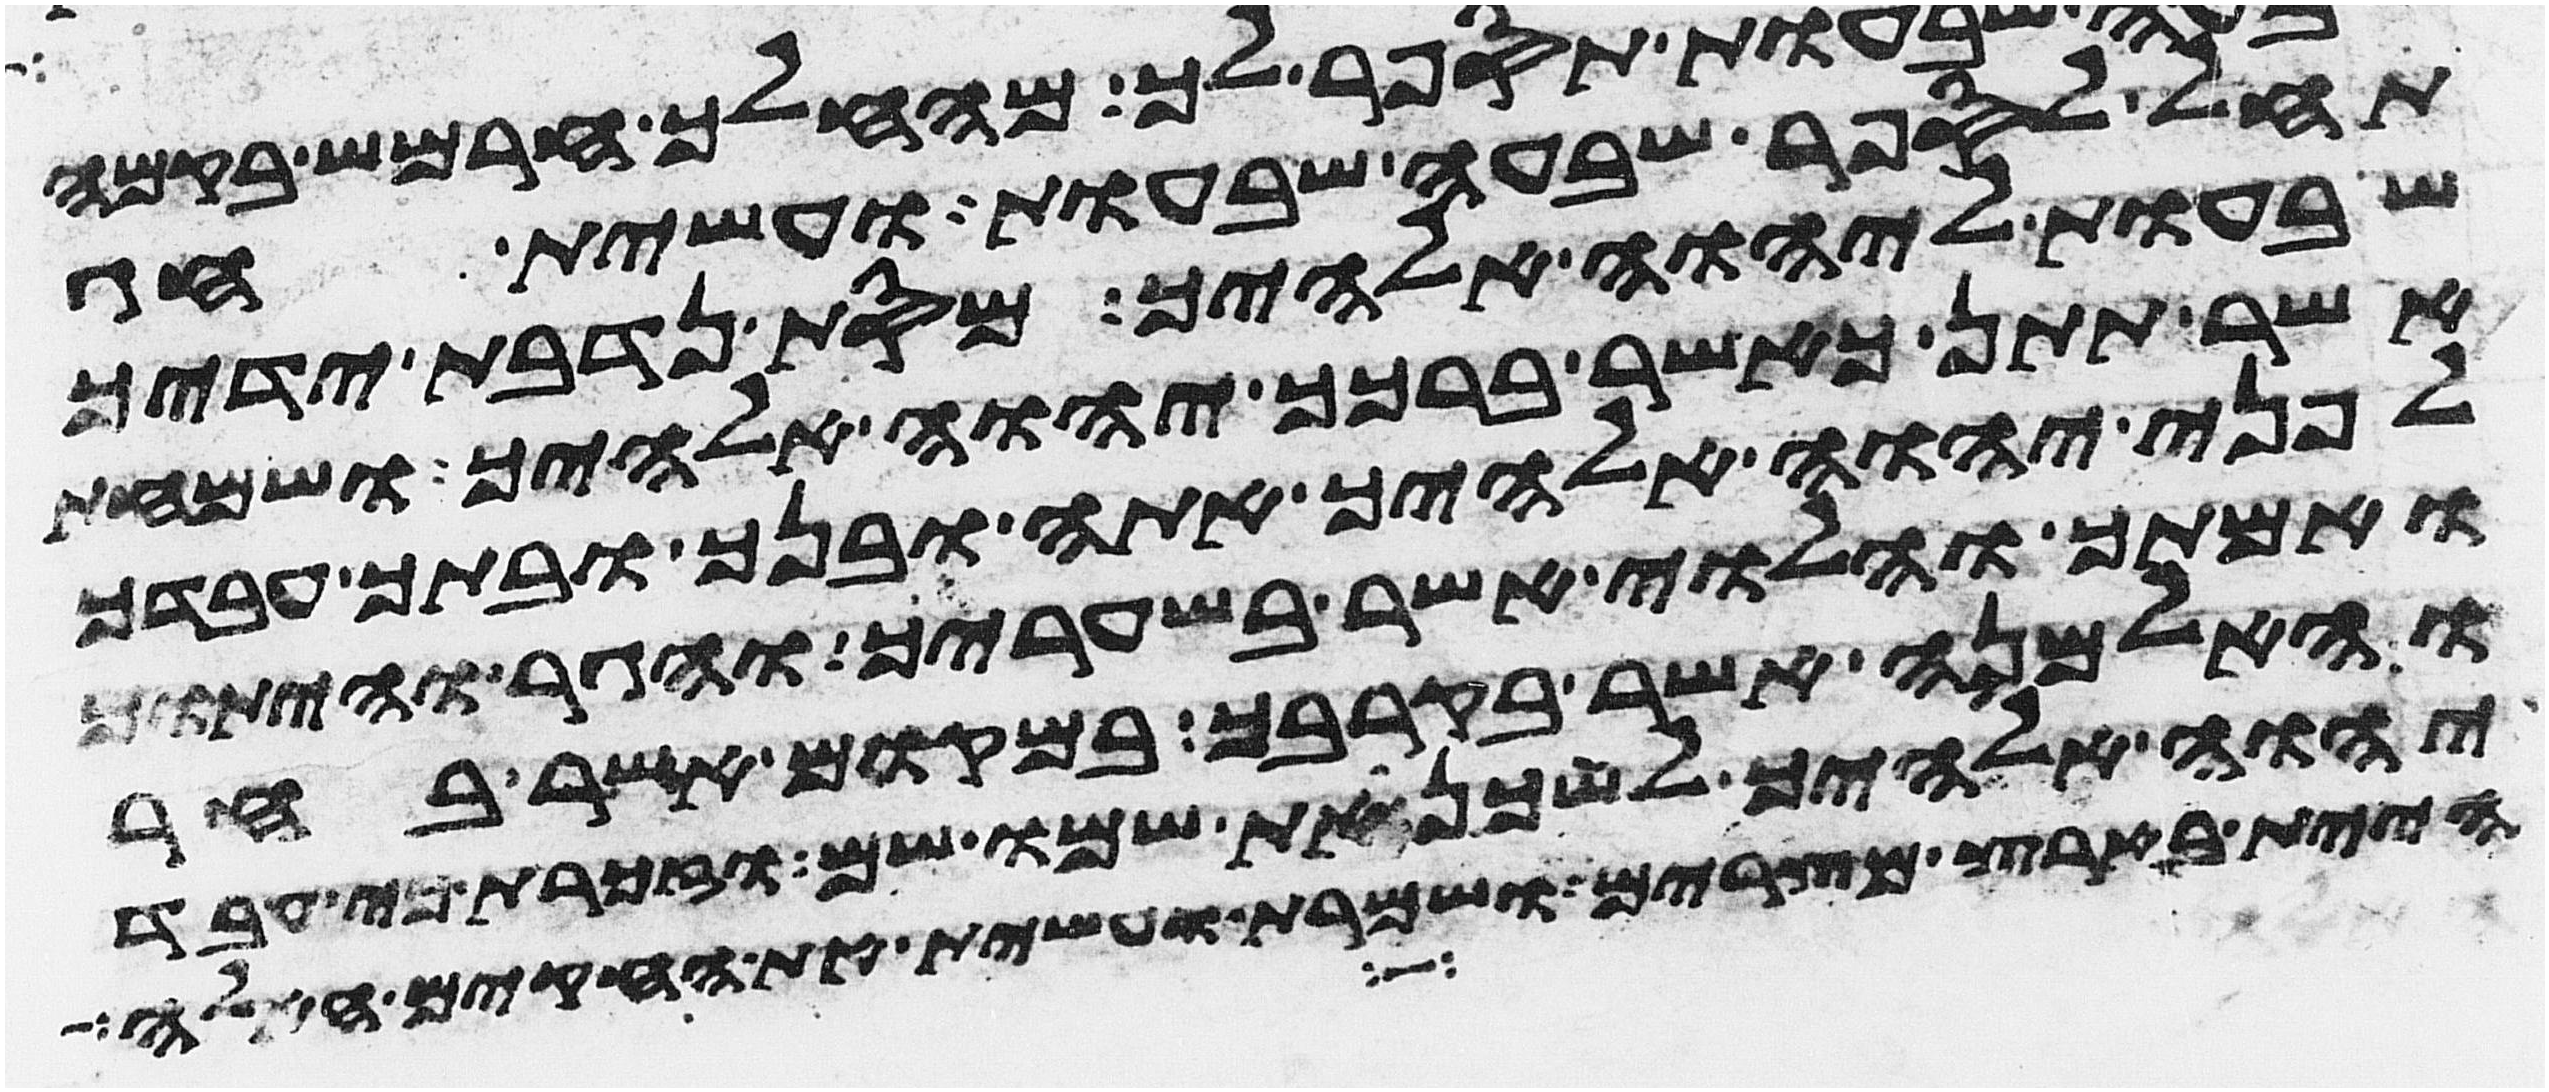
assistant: תחל לספר שבעה שבעות ועשית חג
שבעות ליהוה אלהיך מסת נדבת ידיך
אשר תתן כאשר ברכך יהוה אלהיך ושמחת
לפני יהוה אלהיך אתה ובנך ובתך עבדך
ואמתך והלוי אשר בשעריך והגר והיתום
והאלמנה אשר בקרבך במקום אשר בחר
יהוה אלהיך לשכן את שמו שם וזכרת כי עבד
היית בארץ מצרים ושמרת ועשית את החקים האלה